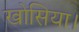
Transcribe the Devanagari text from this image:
खोसिया।